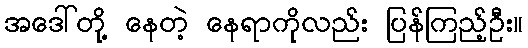
အဒေါ်တို့ နေတဲ့ နေရာကိုလည်း ပြန်ကြည့်ဦး။